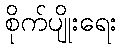
စိုက်ပျိုးရေး